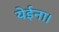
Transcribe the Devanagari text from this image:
येईना।